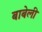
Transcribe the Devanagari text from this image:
बाबेली